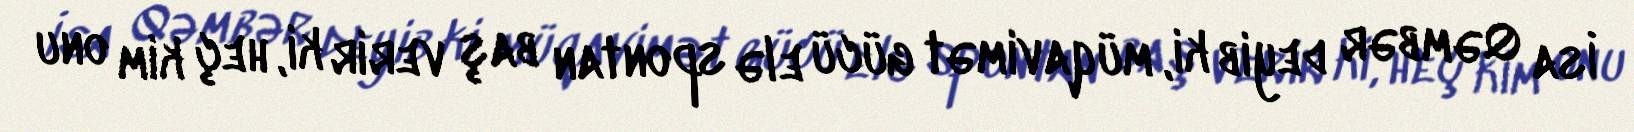
İsa Qəmbər deyib ki, müqavimət gücü elə spontan baş verir ki, heç kim onu